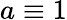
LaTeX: a\equiv 1